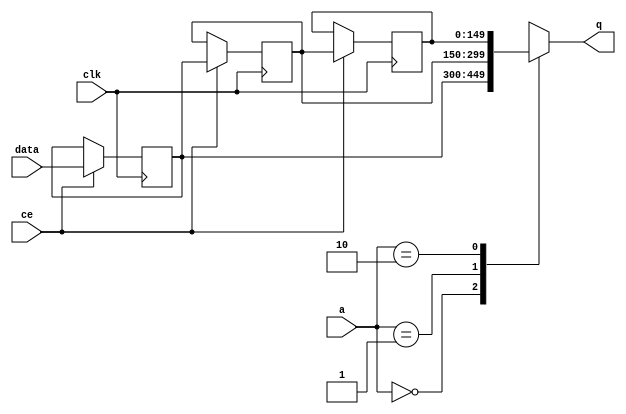
// This program was cloned from: https://github.com/mustafabbas/ECE1373_2016_hft_on_fpga
// License: MIT License

// ==============================================================
// File generated by Vivado(TM) HLS - High-Level Synthesis from C, C++ and SystemC
// Version: 2015.1
// Copyright (C) 2015 Xilinx Inc. All rights reserved.
// 
// ==============================================================


`timescale 1 ns / 1 ps

module FIFO_toe_rxEng_metaHandlerEventFifo_V_shiftReg (
    clk,
    data,
    ce,
    a,
    q);

parameter DATA_WIDTH = 32'd150;
parameter ADDR_WIDTH = 32'd2;
parameter DEPTH = 32'd3;

input clk;
input [DATA_WIDTH-1:0] data;
input ce;
input [ADDR_WIDTH-1:0] a;
output [DATA_WIDTH-1:0] q;

reg[DATA_WIDTH-1:0] SRL_SIG [0:DEPTH-1];
integer i;

always @ (posedge clk)
    begin
        if (ce)
        begin
            for (i=0;i<DEPTH-1;i=i+1)
                SRL_SIG[i+1] <= SRL_SIG[i];
            SRL_SIG[0] <= data;
        end
    end

assign q = SRL_SIG[a];

endmodule

module FIFO_toe_rxEng_metaHandlerEventFifo_V (
    clk,
    reset,
    if_empty_n,
    if_read_ce,
    if_read,
    if_dout,
    if_full_n,
    if_write_ce,
    if_write,
    if_din);

parameter MEM_STYLE = "shiftreg";
parameter DATA_WIDTH = 32'd150;
parameter ADDR_WIDTH = 32'd2;
parameter DEPTH = 32'd3;

input clk;
input reset;
output if_empty_n;
input if_read_ce;
input if_read;
output[DATA_WIDTH - 1:0] if_dout;
output if_full_n;
input if_write_ce;
input if_write;
input[DATA_WIDTH - 1:0] if_din;

wire[ADDR_WIDTH - 1:0] shiftReg_addr ;
wire[DATA_WIDTH - 1:0] shiftReg_data, shiftReg_q;
reg[ADDR_WIDTH:0] mOutPtr = {(ADDR_WIDTH+1){1'b1}};
reg internal_empty_n = 0, internal_full_n = 1;

assign if_empty_n = internal_empty_n;
assign if_full_n = internal_full_n;
assign shiftReg_data = if_din;
assign if_dout = shiftReg_q;

always @ (posedge clk) begin
    if (reset == 1'b1)
    begin
        mOutPtr <= ~{ADDR_WIDTH+1{1'b0}};
        internal_empty_n <= 1'b0;
        internal_full_n <= 1'b1;
    end
    else begin
        if (((if_read & if_read_ce) == 1 & internal_empty_n == 1) && 
            ((if_write & if_write_ce) == 0 | internal_full_n == 0))
        begin
            mOutPtr <= mOutPtr -1;
            if (mOutPtr == 0)
                internal_empty_n <= 1'b0;
            internal_full_n <= 1'b1;
        end 
        else if (((if_read & if_read_ce) == 0 | internal_empty_n == 0) && 
            ((if_write & if_write_ce) == 1 & internal_full_n == 1))
        begin
            mOutPtr <= mOutPtr +1;
            internal_empty_n <= 1'b1;
            if (mOutPtr == DEPTH-2)
                internal_full_n <= 1'b0;
        end 
    end
end

assign shiftReg_addr = mOutPtr[ADDR_WIDTH] == 1'b0 ? mOutPtr[ADDR_WIDTH-1:0]:{ADDR_WIDTH{1'b0}};
assign shiftReg_ce = (if_write & if_write_ce) & internal_full_n;

FIFO_toe_rxEng_metaHandlerEventFifo_V_shiftReg 
#(
    .DATA_WIDTH(DATA_WIDTH),
    .ADDR_WIDTH(ADDR_WIDTH),
    .DEPTH(DEPTH))
U_FIFO_toe_rxEng_metaHandlerEventFifo_V_ram (
    .clk(clk),
    .data(shiftReg_data),
    .ce(shiftReg_ce),
    .a(shiftReg_addr),
    .q(shiftReg_q));

endmodule